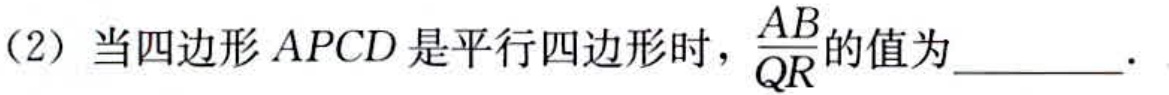
(2) 当四边形\(APCD\)是平行四边形时，\(\frac{AB}{QR}\)的值为________．